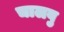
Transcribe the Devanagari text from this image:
चालवु